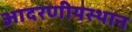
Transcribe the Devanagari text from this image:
आदरणीयस्थान